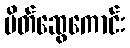
မိတ်ဆွေကောင်း